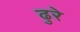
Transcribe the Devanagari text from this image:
ढुरे